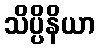
သိပ္ပိနိယာ